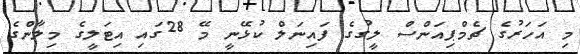
މި އަހަރުގެ ޗެމްޕިއަންސް ލީގުގެ ފައިނަލް ކުޅޭނީ މޭ 28ގައި އިޓަލީގެ މިލާންގެ